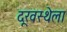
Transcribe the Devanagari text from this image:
दूरवस्थेला